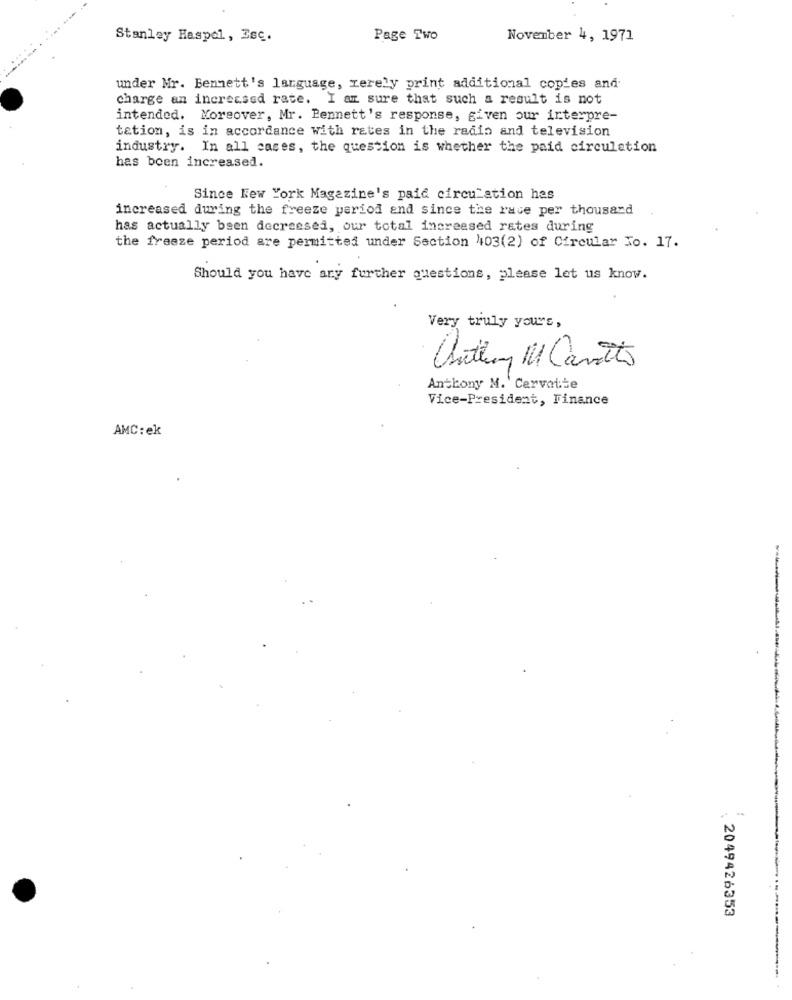
Stanley Haspel, Zsc.
Page Two
November 4, 1971
under Mr. Bennett's language, merely print additional copies and.
charge an increased rate. I am sure that such a result is not
intended. Moreover, Mr. Pennett's response, given our interpre-
tation, is in accordance with rates in the radio and television
industry. In all cases, the question is whether the paid circulation
has been increased.
Since Kew York Magazine's paid circulation has
increased during the freeze period and since the race per thousand
has actually been decreased, our total increased rates during
the freeze period are permitted under Section 403(2) of Circular No. 17.
Should you have any further questions, please let us know.
Very truly yours,
Quithing Ml Cavetto
Anthony M.' Cervotte
Vice-President, Finance
AMC: ek
2049426353